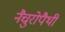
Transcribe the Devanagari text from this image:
नैचुरोपैथी